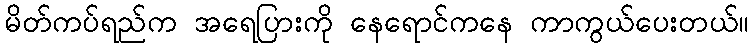
မိတ်ကပ်ရည်က အရေပြားကို နေရောင်ကနေ ကာကွယ်ပေးတယ်။